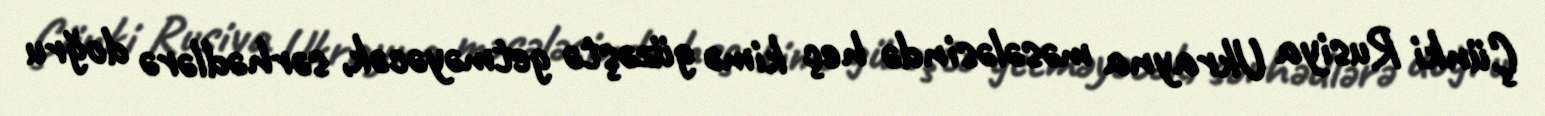
Çünki Rusiya Ukrayna məsələsində heç kimə güzəştə getməyəcək, sərhədlərə doğru